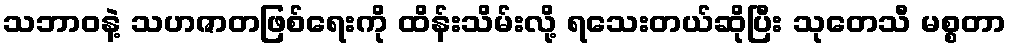
သဘာဝနဲ့ သဟဇာတဖြစ်ရေးကို ထိန်းသိမ်းလို့ ရသေးတယ်ဆိုပြီး သုတေသီ မစ္စတာ